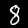
Digit: 8